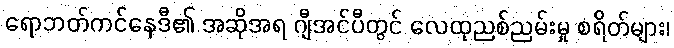
ရောဘတ်ကင်နေဒီ၏ အဆိုအရ ဂျီအင်ပီတွင် လေထုညစ်ညမ်းမှု စရိတ်များ၊